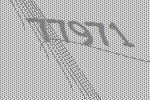
77971